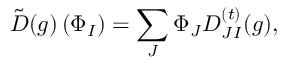
{ \tilde { D } } ( g ) \left( \Phi _ { I } \right) = \sum _ { J } \Phi _ { J } { \cal D } _ { J I } ^ { ( t ) } ( g ) ,